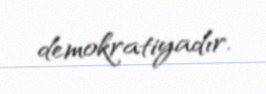
demokratiyadır.